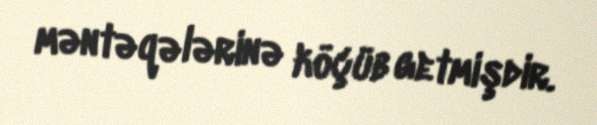
məntəqələrinə köçüb getmişdir.